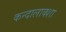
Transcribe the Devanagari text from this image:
कन्दालाक्शा